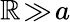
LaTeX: \mathbb{R}\! \gg\! a